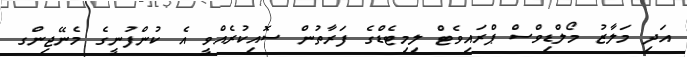
އަދި މަލާޒު މޯލްޑިވްސް ޕްރައިވެޓް ލިމިޓެޑްގެ ފަރާތުން ސޮއިކުރެއްވީ އެ ކުންފުނީގެ މެނޭޖިންގ